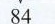
84